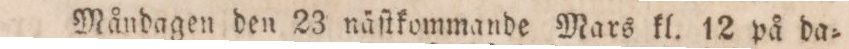
Måndagen den 23 näſtkommande Mars kl. 12 på da=